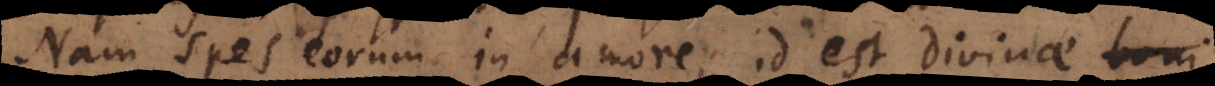
Nam spes eorum in amore, id est divinae boni